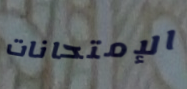
الإمتحانات